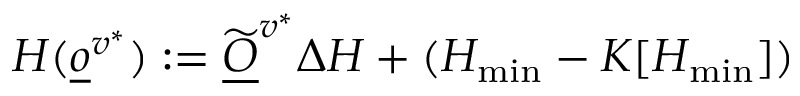
H ( \underline { o } ^ { v ^ { * } } ) : = \widetilde { \underline { O } } ^ { v ^ { * } } \Delta H + ( H _ { \operatorname* { m i n } } - K [ H _ { \operatorname* { m i n } } ] )